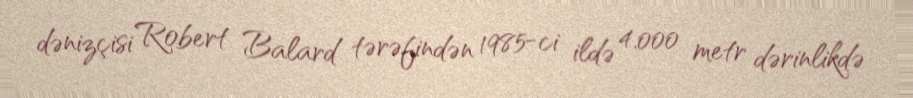
dənizçisi Robert Balard tərəfindən 1985-ci ildə 4.000 metr dərinlikdə